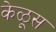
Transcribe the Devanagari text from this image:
केळूस